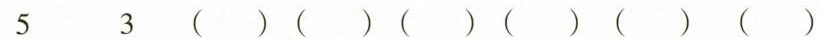
5 3 ()()()()()()